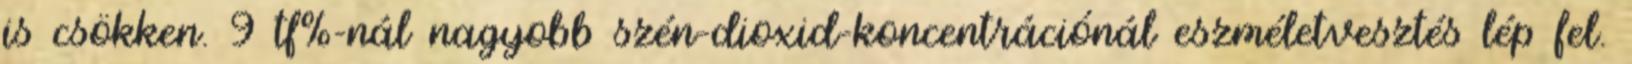
is csökken. 9 tf%-nál nagyobb szén-dioxid-koncentrációnál eszméletvesztés lép fel.